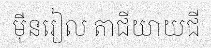
ម៉ឺនរៀល តាជីយាយជី